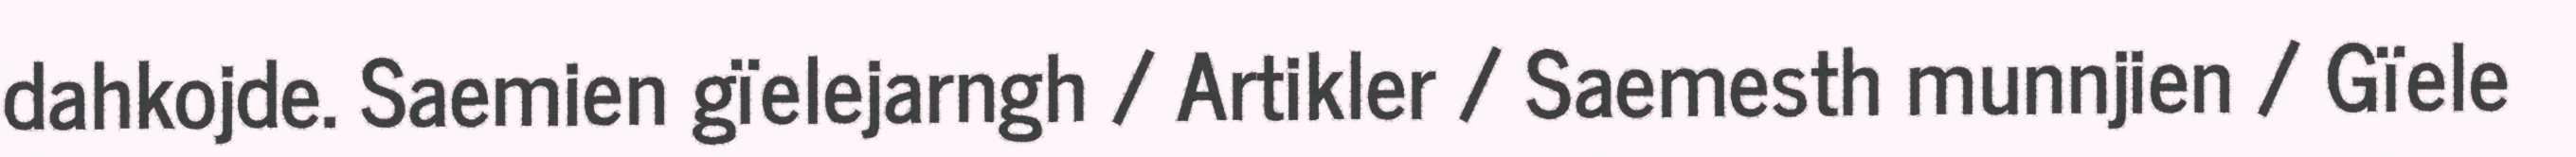
dahkojde. Saemien gïelejarngh / Artikler / Saemesth munnjien / Gïele